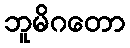
ဘူမိဂတော